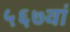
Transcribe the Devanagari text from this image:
५६७वां